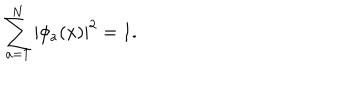
\sum _ { a = 1 } ^ { N } | \phi _ { a } ( x ) | ^ { 2 } = 1 .